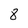
Character: 8